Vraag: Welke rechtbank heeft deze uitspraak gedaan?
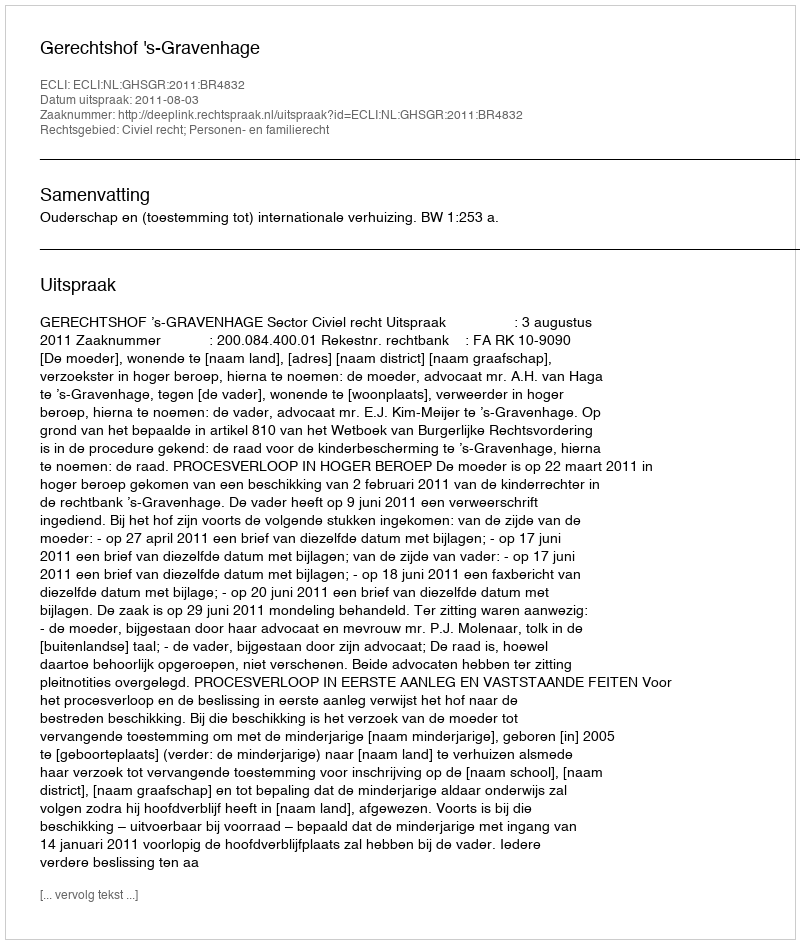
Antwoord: Gerechtshof 's-Gravenhage